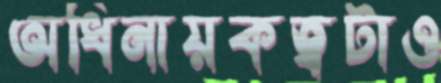
অধিনায়কত্বটাও